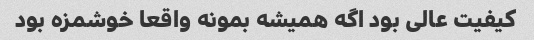
کیفیت عالی بود اگه همیشه بمونه واقعا خوشمزه بود